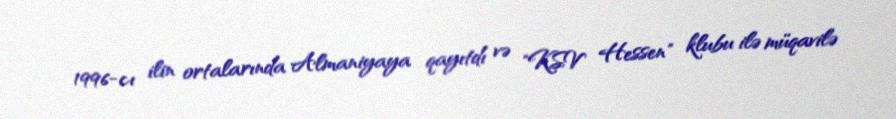
1996-cı ilin ortalarında Almaniyaya qayıtdı və "KSV Hessen" klubu ilə müqavilə